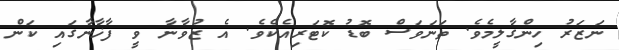
ނަޒަރު ހިންގާލީމެވެ. ތަނަވަސް ބޮޑު ކޮޓަރިއެކެވެ. އެ ޒުވާނާ ވީ ފާޚާނާގައި ކަން